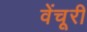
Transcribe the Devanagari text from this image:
वेंचूरी